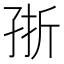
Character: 㝂